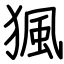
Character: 猦